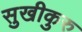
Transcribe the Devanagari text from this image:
सुखीकुरु